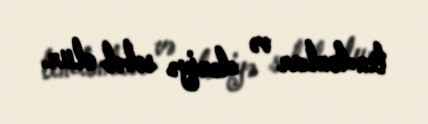
tendonlar və dəriyə səbəb olur.